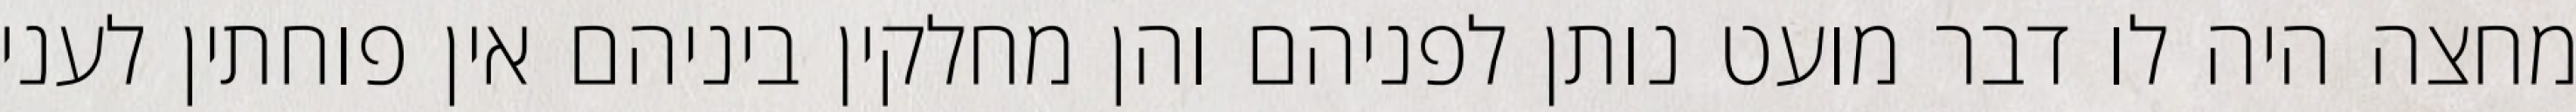
מחצה היה לו דבר מועט נותן לפניהם והן מחלקין ביניהם אין פוחתין לעני